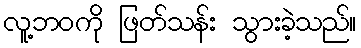
လူ့ဘဝကို ဖြတ်သန်း သွားခဲ့သည်။